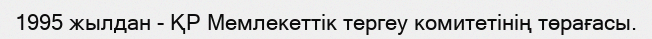
1995 жылдан - ҚР Мемлекеттік тергеу комитетінің төрағасы.